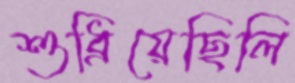
শুধ্‌রিয়েছিলি